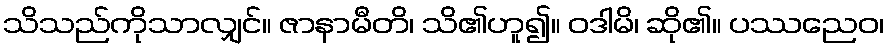
သိသည်ကိုသာလျှင်။ ဇာနာမီတိ၊ သိ၏ဟူ၍။ ဝဒါမိ၊ ဆို၏။ ပဿညေဝ၊